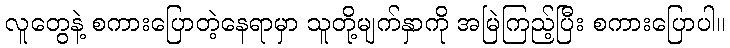
လူတွေနဲ့ စကားပြောတဲ့နေရာမှာ သူတို့မျက်နှာကို အမြဲကြည့်ပြီး စကားပြောပါ။